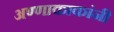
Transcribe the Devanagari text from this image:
अण्णाकाकांनी